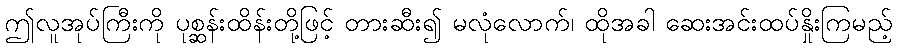
ဤလူအုပ်ကြီးကို ပုစ္ဆန်းထိန်းတို့ဖြင့် တားဆီး၍ မလုံလောက်၊ ထိုအခါ ဆေးအင်းထပ်နှိုးကြမည့်